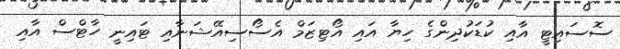
ސޮސައިޓީ އާއި ކުޑަކުދިންގެ ހިޔާ އައި އޯޓިޒަމް އެސޯސިއޭޝަނާއި ޓައިނީ ހާޓްސް އާއި